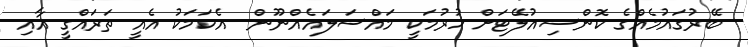
ބޭރުގައުމެއްގެ ކޮންސިއުލޭޓަށް ހުރުމަކީ މައްސަލައެއްނޫން  އެކަމަކު އެއީ ތަރައްގީ އާއި